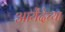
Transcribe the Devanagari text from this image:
आयेंदेच्या